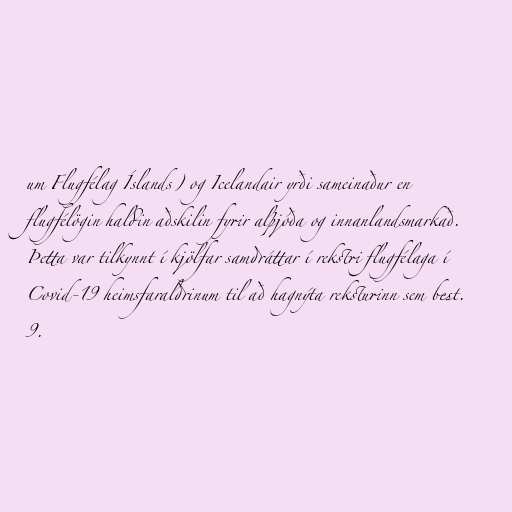
um Flugfélag Íslands) og Icelandair yrði sameinaður en
flugfélögin haldin aðskilin fyrir alþjóða og innanlandsmarkað.
Þetta var tilkynnt í kjölfar samdráttar í rekstri flugfélaga í
Covid-19 heimsfaraldrinum til að hagnýta reksturinn sem best.
9.